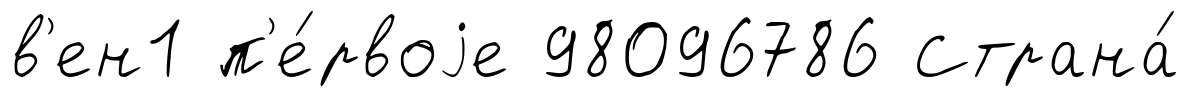
в'ен1 п'е́рвоjе 98096786 Страна́